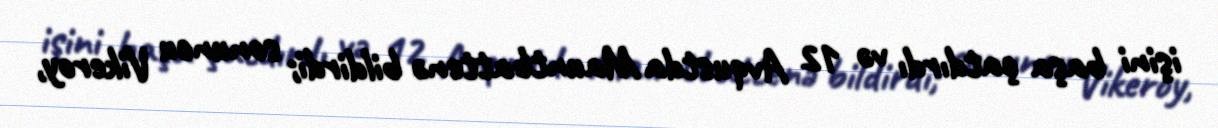
işini başa çatdırdı və 12 Avqustda Mauntbattenə bildirdi; sonuncu Vikeroy,